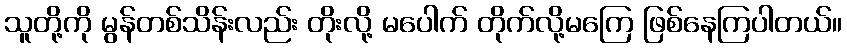
သူတို့ကို မွန်တစ်သိန်းလည်း တိုးလို့ မပေါက် တိုက်လို့မကြေ ဖြစ်နေကြပါတယ်။